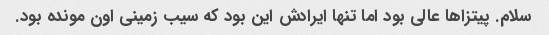
سلام. پیتزاها عالی بود اما تنها ایرادش این بود که سیب زمینی اون مونده بود.